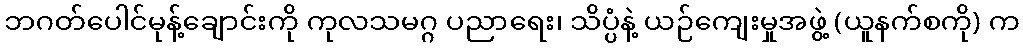
ဘဂတ်ပေါင်မုန့်ချောင်းကို ကုလသမဂ္ဂ ပညာရေး၊ သိပ္ပံနဲ့ ယဉ်ကျေးမှုအဖွဲ့ (ယူနက်စကို) က